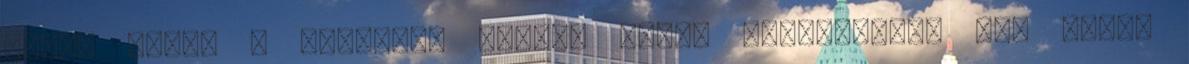
lehet nézni a vonatot, amikor befut Budapestre. Így írtam